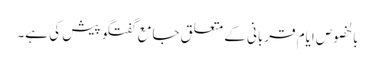
بالخصوص ایام قربانی کے متعلق جامع گفتگو پیش کی ہے۔